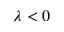
\lambda < 0